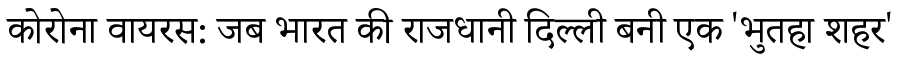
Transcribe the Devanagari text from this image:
कोरोना वायरस: जब भारत की राजधानी दिल्ली बनी एक 'भुतहा शहर'